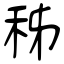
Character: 秭